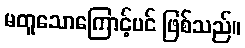
မတူသောကြောင့်ပင် ဖြစ်သည်။